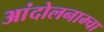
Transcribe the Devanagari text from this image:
आंदोलनाम्चा